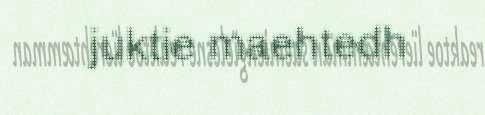
juktie maehtedh